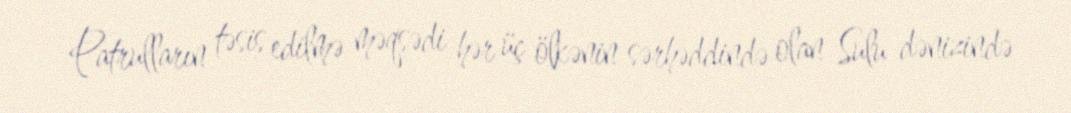
Patrulların təsis edilmə məqsədi hər üç ölkənin sərhəddində olan Sulu dənizində